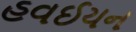
હવઈયન